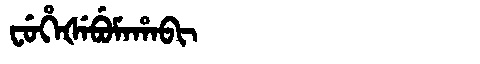
Manchu: ᠸᡠᡥᡝᡧᡝᠪᡠᠮᠠᡥᠠᠪᡳ
Romanization: FUHEŠEBUMAHABI